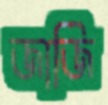
জাজি